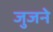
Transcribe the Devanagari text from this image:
जुजने